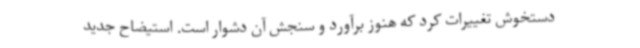
دستخوش تغییرات کرد که هنوز برآورد و سنجش آن دشوار است. استیضاح جدید